Rangoon Lunatic Asylum 1898-1906 - 1898-1906
Year: 1898
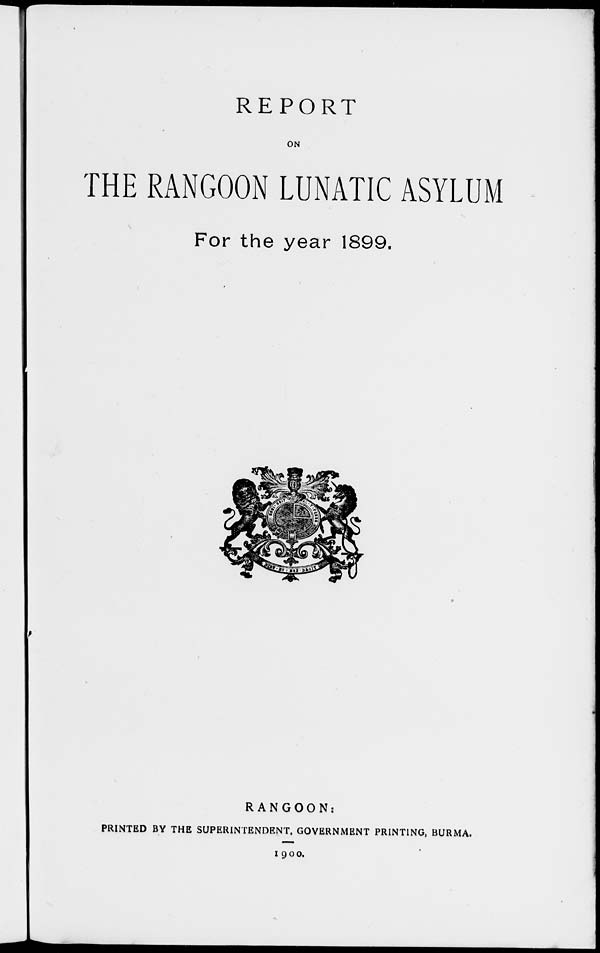
REPORT
ON
THE RANGOON LUNATIC ASYLUM
For the year 1899.
RANGOON:
PRINTED BY THE SUPERINTENDENT, GOVERNMENT PRINTING, BURMA.
1900.